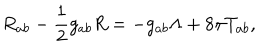
LaTeX: R _ { a b } - \frac 1 2 g _ { a b } R = - g _ { a b } \Lambda + 8 \pi T _ { a b } ,